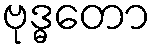
ဗုဒ္ဓတော